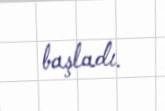
başladı.